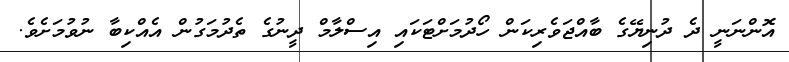
އޮންނަނީ ދެ ދުނިޔޭގެ ބާއްޖަވެރިކަން ހޯދުމަށްޓަކައި އިސްލާމް ދީނުގެ ތެދުމަގުން އެއްކިބާ ނުވުމަށެވެ.